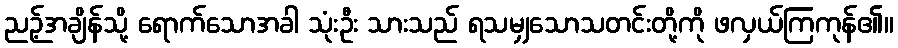
ညဉ့်အချိန်သို့ ရောက်သောအခါ သုံးဦး သားသည် ရသမျှသောသတင်းတို့ကို ဖလှယ်ကြကုန်၏။